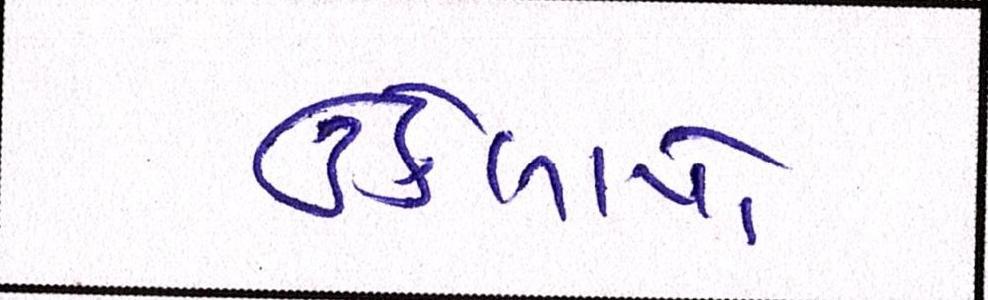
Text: ઉકેલાયો